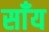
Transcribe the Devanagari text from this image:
साँय